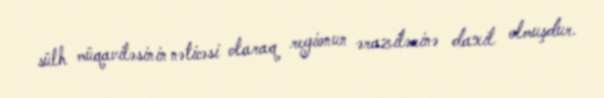
sülh müqaviləsinin nəticəsi olaraq regionun ərazilərinə daxil olmuşdur.